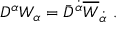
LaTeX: D ^ { \alpha } W _ { \alpha } = \bar { D } ^ { \dot { \alpha } } \overline { { W } } _ { \dot { \alpha } } ~ .